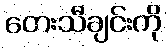
တေးသီချင်းကို